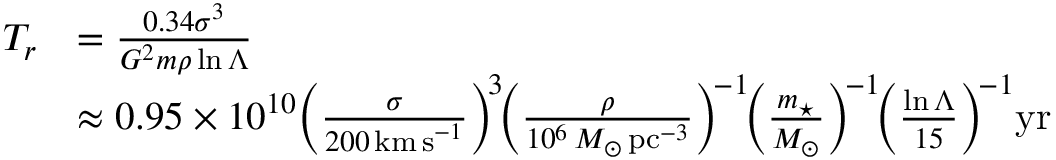
{ \begin{array} { r l } { T _ { r } } & { = { \frac { 0 . 3 4 \sigma ^ { 3 } } { G ^ { 2 } m \rho \ln \Lambda } } } \\ & { \approx 0 . 9 5 \times 1 0 ^ { 1 0 } \! \left( { \frac { \sigma } { 2 0 0 \, \mathrm { k m \, s } ^ { - 1 } } } \right) ^ { \! 3 } \! \! \left( { \frac { \rho } { 1 0 ^ { 6 } \, M _ { \odot } \, \mathrm { p c } ^ { - 3 } } } \right) ^ { \! - 1 } \! \! \left( { \frac { m _ { \star } } { M _ { \odot } } } \right) ^ { \! - 1 } \! \! \left( { \frac { \ln \Lambda } { 1 5 } } \right) ^ { \! - 1 } \! \mathrm { y r } } \end{array} }